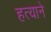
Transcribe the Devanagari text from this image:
हत्याने